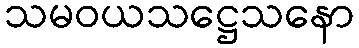
သမဝယသဋ္ဌေသနော